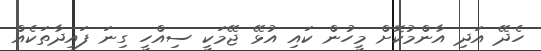
ހެދޭ އަދި އާންމުކޮށް މީހުން ކައި އުޅޭ ޖޭމަކީ ސިއްހީ ގިނަ ފައިދާތަކެއް